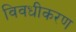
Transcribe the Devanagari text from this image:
विवधीकरण